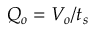
Q _ { o } = V _ { o } / t _ { s }